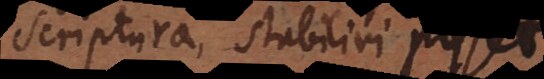
Scriptura, stabiliri posset.